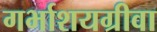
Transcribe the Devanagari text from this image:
गर्भाशयग्रीवा